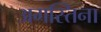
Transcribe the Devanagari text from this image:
अगस्तिना